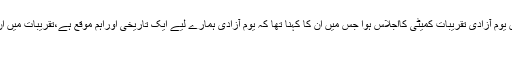
تفصیلات کے مطابق وزیرمملکت مریم اورنگزیب کی صدارت میں یوم آزادی تقریبات کمیٹی کااجلاس ہوا جس میں ان کا کہنا تھا کہ یوم آزادی ہمارے لیے ایک تاریخی اوراہم موقع ہے،تقریبات میں ان نکات کواہمیت دی جائے جس سے قوم اپنے وطن پرنازکرسکے،
ملی اورقومی جذبے کوسب سے زیادہ اہمیت حاصل ہوگی۔